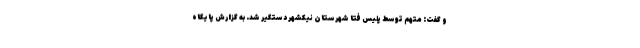
و گفت: متهم توسط پلیس فتا شهرستان نیکشهر دستگیر شد. به گزارش پایگاه